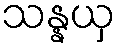
သန္နယှ